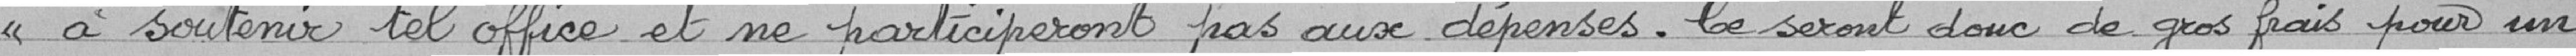
à soutenir tel office et ne participeront pas aux dépenses. Ce seront donc de gros frais pour un